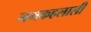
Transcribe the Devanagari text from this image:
नमकहलाली